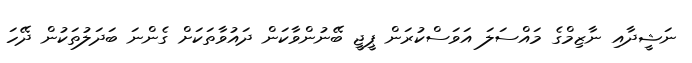
ނަޝީދާއި ނާޒިމްގެ މައްސަލަ އަވަސްކުރަން ޕީޖީ ބޭނުންވާކަން ދައުވާތަކަށް ގެންނަ ބަދަލުތަކުން ދޭހަ